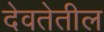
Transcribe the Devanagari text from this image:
देवतेतील